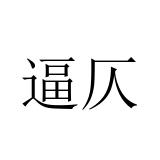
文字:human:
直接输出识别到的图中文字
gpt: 逼仄